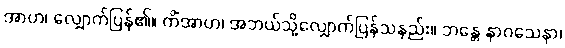
အာဟ၊ လျှောက်ပြန်၏။ ကိံအာဟ၊ အဘယ်သို့လျှောက်ပြန်သနည်း။ ဘန္တေ နာဂသေနာ၊